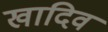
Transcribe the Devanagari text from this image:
खादिव